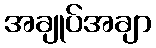
အချုပ်အချာ